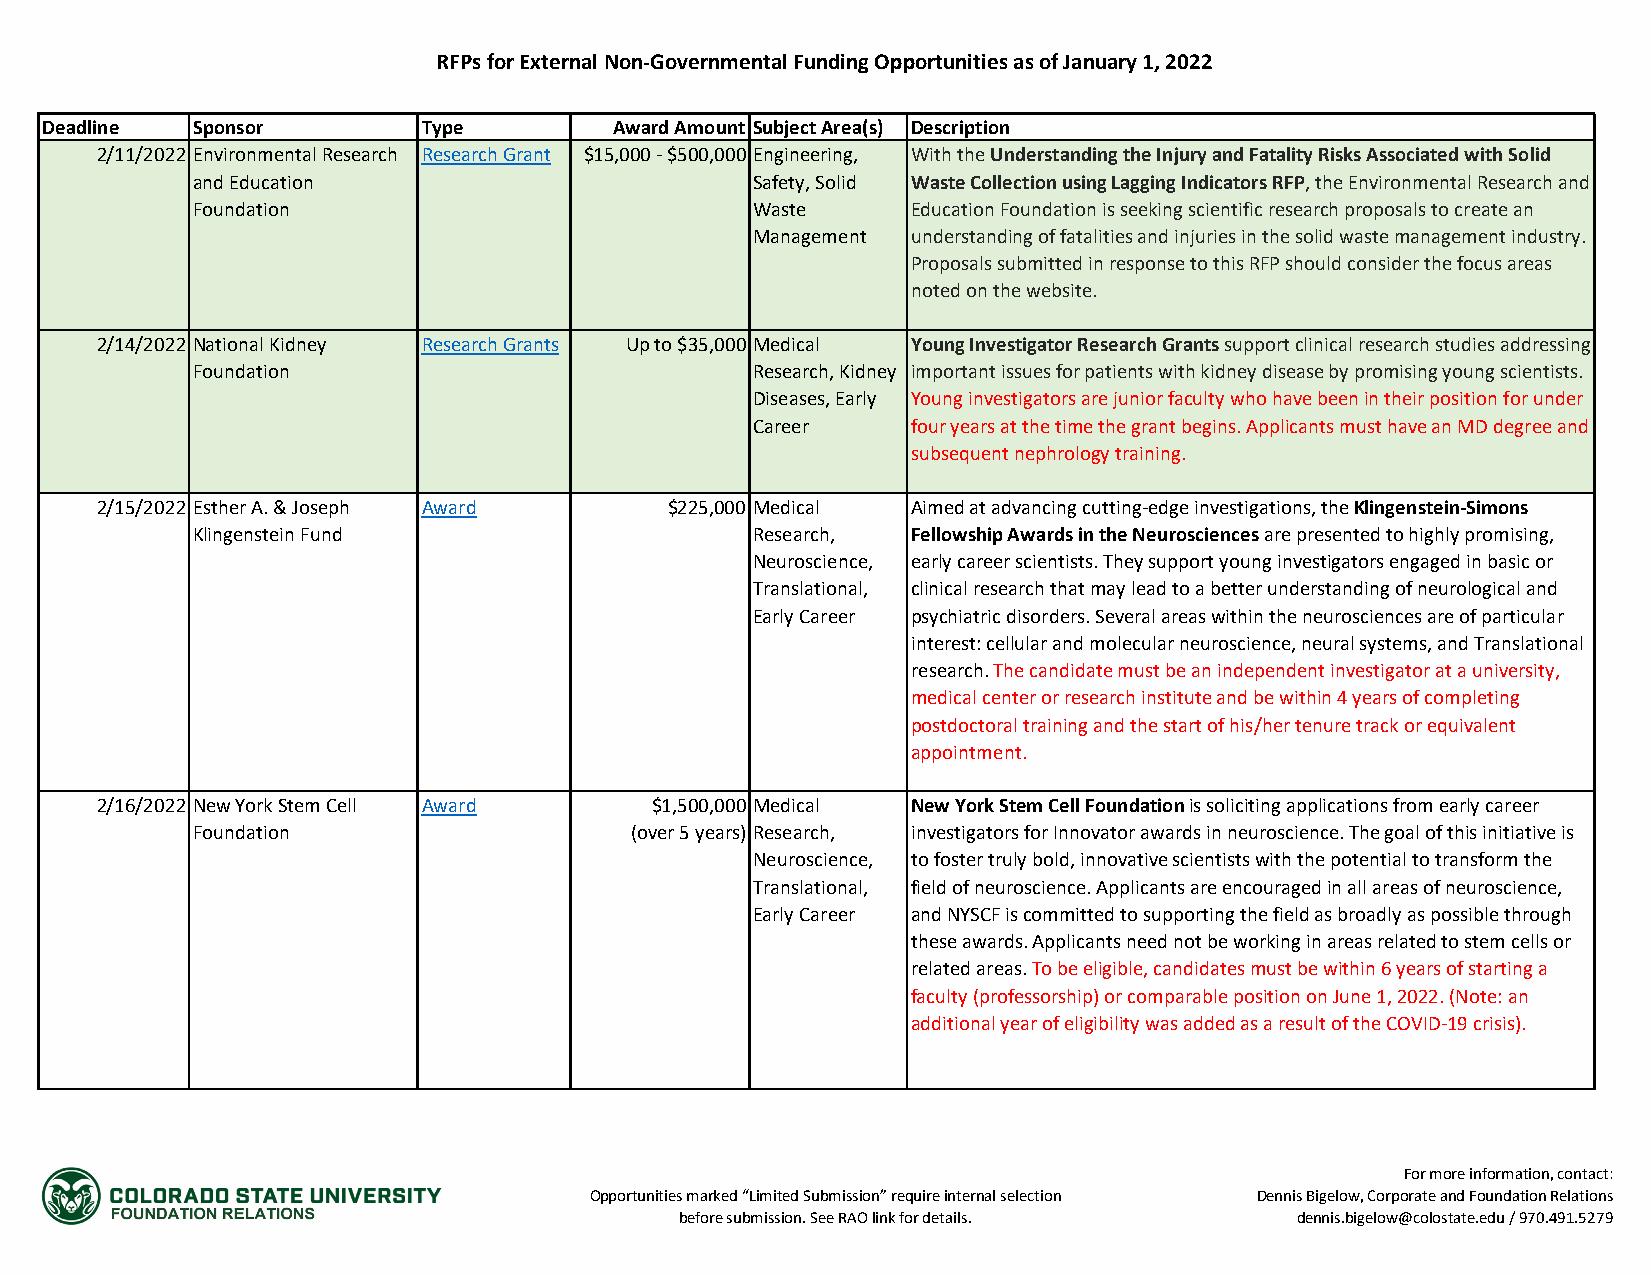
RFPs for External Non-Governmental Funding Opportunities as of January 1, 2022
 Deadline  Sponsor        Type         Award Amount Subject Area(s) Description
 2/11/2022 Environmental Research Research Grant $15,000 - $500,000 Engineering, With the Understanding the Injury and Fatality Risks Associated with Solid
 and Education                        Safety, Solid Waste Collection using Lagging Indicators RFP, the Environmental Research and
 Foundation                           Waste     Education Foundation is seeking scientific research proposals to create an
 Management understanding of fatalities and injuries in the solid waste management industry.
 Proposals submitted in response to this RFP should consider the focus areas
 noted on the website.
 2/14/2022 National Kidney Research Grants Up to $35,000 Medical Young Investigator Research Grants support clinical research studies addressing
 Foundation                           Research, Kidney important issues for patients with kidney disease by promising young scientists.
 Diseases, Early Young investigators are junior faculty who have been in their position for under
 Career    four years at the time the grant begins. Applicants must have an MD degree and
 subsequent nephrology training.
 2/15/2022 Esther A. & Joseph Award    $225,000 Medical Aimed at advancing cutting-edge investigations, the Klingenstein-Simons
 Klingenstein Fund                    Research, Fellowship Awards in the Neurosciences are presented to highly promising,
 Neuroscience, early career scientists. They support young investigators engaged in basic or
 Translational, clinical research that may lead to a better understanding of neurological and
 Early Career psychiatric disorders. Several areas within the neurosciences are of particular
 interest: cellular and molecular neuroscience, neural systems, and Translational
 research. The candidate must be an independent investigator at a university,
 medical center or research institute and be within 4 years of completing
 postdoctoral training and the start of his/her tenure track or equivalent
 appointment.
 2/16/2022 New York Stem Cell Award   $1,500,000 Medical New York Stem Cell Foundation is soliciting applications from early career
 Foundation                   (over 5 years) Research, investigators for Innovator awards in neuroscience. The goal of this initiative is
 Neuroscience, to foster truly bold, innovative scientists with the potential to transform the
 Translational, field of neuroscience. Applicants are encouraged in all areas of neuroscience,
 Early Career and NYSCF is committed to supporting the field as broadly as possible through
 these awards. Applicants need not be working in areas related to stem cells or
 related areas. To be eligible, candidates must be within 6 years of starting a
 faculty (professorship) or comparable position on June 1, 2022. (Note: an
 additional year of eligibility was added as a result of the COVID-19 crisis).
 For more information, contact:
 Opportunities marked “Limited Submission” require internal selection Dennis Bigelow, Corporate and Foundation Relations
 before submission. See RAO link for details. dennis.bigelow@colostate.edu / 970.491.5279